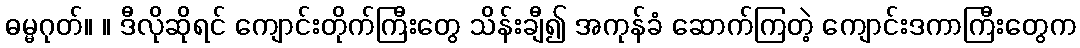
ဓမ္မဂုတ်။ ။ ဒီလိုဆိုရင် ကျောင်းတိုက်ကြီးတွေ သိန်းချီ၍ အကုန်ခံ ဆောက်ကြတဲ့ ကျောင်းဒကာကြီးတွေက